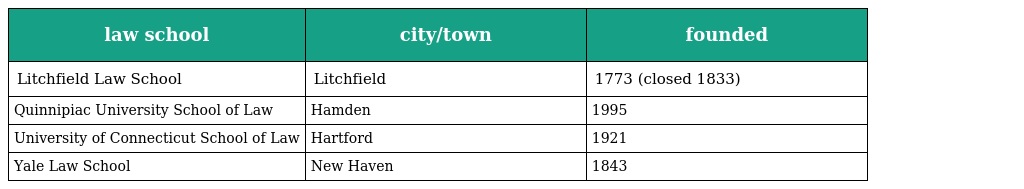
| law school | city/town | founded |
 | --- | --- | --- |
 | Litchfield Law School | Litchfield | 1773 (closed 1833) |
 | Quinnipiac University School of Law | Hamden | 1995 |
 | University of Connecticut School of Law | Hartford | 1921 |
 | Yale Law School | New Haven | 1843 |